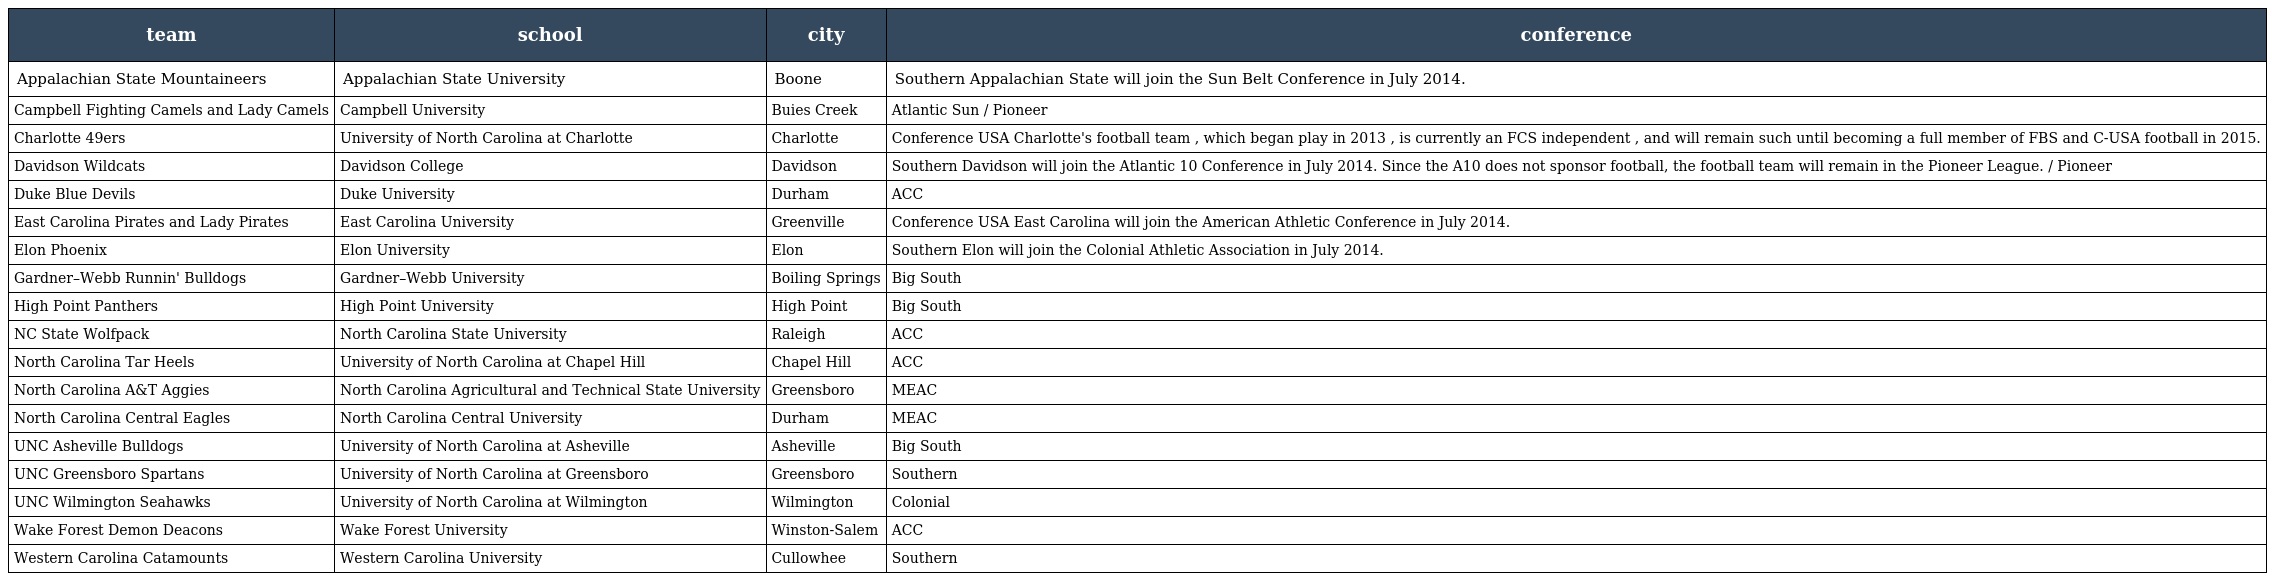
| team | school | city | conference |
 | --- | --- | --- | --- |
 | Appalachian State Mountaineers | Appalachian State University | Boone | Southern Appalachian State will join the Sun Belt Conference in July 2014. |
 | Campbell Fighting Camels and Lady Camels | Campbell University | Buies Creek | Atlantic Sun / Pioneer |
 | Charlotte 49ers | University of North Carolina at Charlotte | Charlotte | Conference USA Charlotte's football team , which began play in 2013 , is currently an FCS independent , and will remain such until becoming a full member of FBS and C-USA football in 2015. |
 | Davidson Wildcats | Davidson College | Davidson | Southern Davidson will join the Atlantic 10 Conference in July 2014. Since the A10 does not sponsor football, the football team will remain in the Pioneer League. / Pioneer |
 | Duke Blue Devils | Duke University | Durham | ACC |
 | East Carolina Pirates and Lady Pirates | East Carolina University | Greenville | Conference USA East Carolina will join the American Athletic Conference in July 2014. |
 | Elon Phoenix | Elon University | Elon | Southern Elon will join the Colonial Athletic Association in July 2014. |
 | Gardner–Webb Runnin' Bulldogs | Gardner–Webb University | Boiling Springs | Big South |
 | High Point Panthers | High Point University | High Point | Big South |
 | NC State Wolfpack | North Carolina State University | Raleigh | ACC |
 | North Carolina Tar Heels | University of North Carolina at Chapel Hill | Chapel Hill | ACC |
 | North Carolina A&T Aggies | North Carolina Agricultural and Technical State University | Greensboro | MEAC |
 | North Carolina Central Eagles | North Carolina Central University | Durham | MEAC |
 | UNC Asheville Bulldogs | University of North Carolina at Asheville | Asheville | Big South |
 | UNC Greensboro Spartans | University of North Carolina at Greensboro | Greensboro | Southern |
 | UNC Wilmington Seahawks | University of North Carolina at Wilmington | Wilmington | Colonial |
 | Wake Forest Demon Deacons | Wake Forest University | Winston-Salem | ACC |
 | Western Carolina Catamounts | Western Carolina University | Cullowhee | Southern |